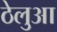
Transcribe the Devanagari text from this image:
ठेलुआ